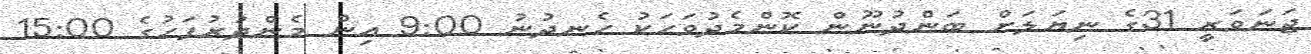
ޖަނަވަރީ 31ގެ ނިޔަލަށް ބަންދުނޫން ކޮންމެދުވަހަކު ހެނދުނު 9:00 އިން މެންދުރުފަހުގެ 15:00